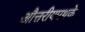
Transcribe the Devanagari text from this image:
औत्तरीयपथके